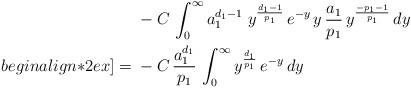
LaTeX: \begin{align*} & -C \, \int_{0}^{\infty} a_1^{d_1 -1} \; y^{\frac{d_1-1}{p_1}} \, e^{-y} \, y \, \frac{a_1}{p_1} \, y^{\frac{-p_1-1}{p_1}} \, dy \\begin{align*}2ex]= \; & -C \, \frac{a_1^{d_1}}{p_1} \, \int_{0}^{\infty} y^{\frac{d_1}{p_1}} \, e^{-y} \, dy\end{align*}